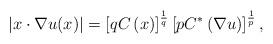
LaTeX: \begin{align*}\left\vert x\cdot\nabla u(x)\right\vert =\left[ qC\left( x\right) \right]^{\frac{1}{q}}\left[ pC^{\ast}\left( \nabla u\right) \right] ^{\frac{1}{p}},\end{align*}